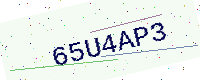
Text: 65U4AP3